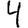
Digit: 4